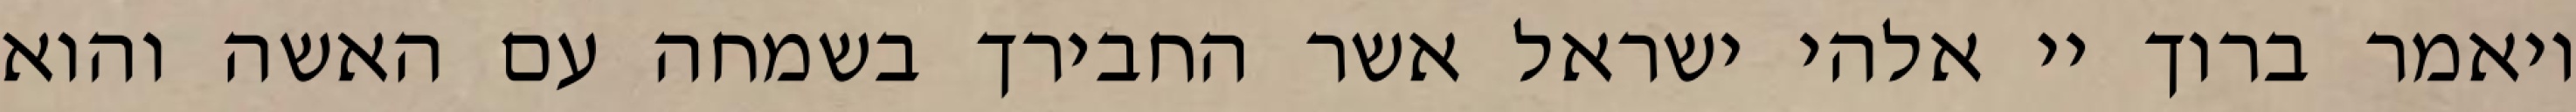
ויאמר ברוך יי אלהי ישראל אשר החבירך בשמחה עם האשה והוא